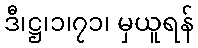
ဒီ၊ဋ္ဌ၊၁၊၇၁၊ မှယူရန်